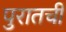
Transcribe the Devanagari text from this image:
पुरातची